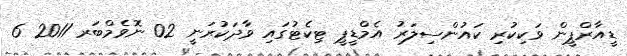
ޑީއާރްޕީން ވަކިކުރި ކައުންސިލަރު އެމްޑީޕީ ޓިކެޓުގައި ވާދަކުރަނީ 02 ނޮވެމްބަރ 2011 6